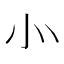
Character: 㣺